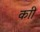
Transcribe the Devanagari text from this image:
काी